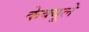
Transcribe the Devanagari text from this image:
केक्यूले